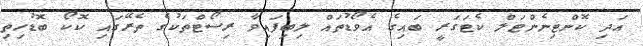
އަދި ކޮންޓިނެންޓަލް ކެޓަގަރީ ބައިގެ އެވޯޑުތައް ލިބިފައިވާ ރިސޯޓްތަކުގެ ތެރޭގައި ކޮކޯ ބޮޑުހިތި